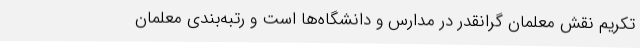
تکریم نقش معلمان گرانقدر در مدارس و دانشگاه‌ها است و رتبه‌بندی معلمان